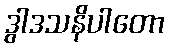
ဒွါဒသနိပါတော